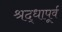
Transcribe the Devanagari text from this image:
श्रद्धापूर्व